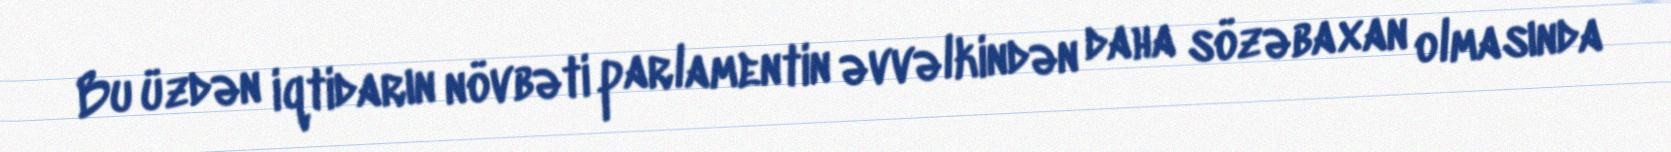
Bu üzdən iqtidarın növbəti parlamentin əvvəlkindən daha sözəbaxan olmasında